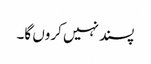
پسند نہیں کروں گا۔